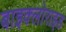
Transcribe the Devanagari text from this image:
बाइक्लोराइड